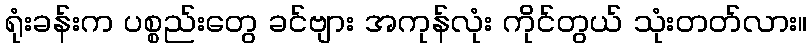
ရုံးခန်းက ပစ္စည်းတွေ ခင်ဗျား အကုန်လုံး ကိုင်တွယ် သုံးတတ်လား။